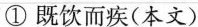
①既饮而疾(本文)